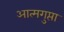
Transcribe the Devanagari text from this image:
आत्मगुप्ता